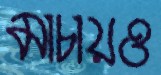
মাচায়ও